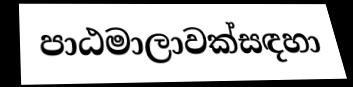
පාඨමාලාවක්සඳහා